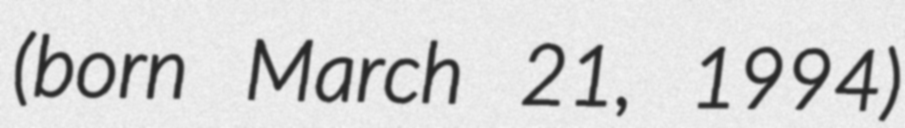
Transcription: (born March 21, 1994)